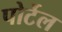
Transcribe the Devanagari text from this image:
पोर्टेल